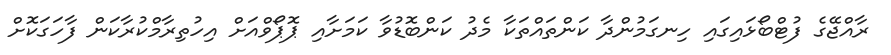
ރާއްޖޭގެ ފުޓްބޯޅައިގައި ހިނގަމުންދާ ކަންތައްތަކާ މެދު ކަންބޮޑުވާ ކަމަށާއި ޕޮޕޯވްއަށް އިހުތިރާމްކުރާކަން ފާހަގަކޮށް